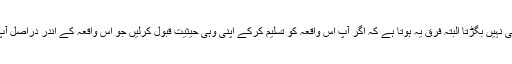
ان سب صورتوں میں واقعہ کا تو کچھ بھی نہیں بگڑتا البتہ فرق یہ ہوتا ہے کہ اگر آپ اس واقعہ کو تسلیم کرکے اپنی وہی حیثیت قبول کرلیں جو اس واقعہ کے اندر دراصل آپ کی ہے تو آپ کی زندگی درست ہوگی۔